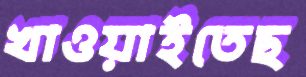
খাওয়াইতেছ